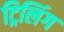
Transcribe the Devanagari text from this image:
ट्रिलिंग